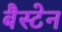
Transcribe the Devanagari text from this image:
बैस्टेन